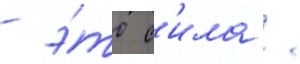
- э́то с'ила /